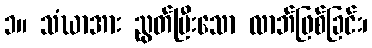
၁။ သံဃာအား ညွတ်ပြီးသော လာဘ်ဖြစ်ခြင်း၊